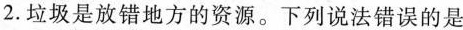
2.垃圾是放错地方的资源。下列说法错误的是